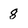
Character: 8